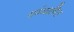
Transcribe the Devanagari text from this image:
सर्वव्यापित